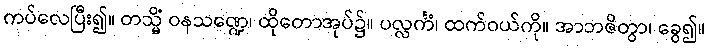
ကပ်လေပြီး၍။ တသ္မိံ ဝနသဏ္ဍေ၊ ထိုတောအုပ်၌။ ပလ္လင်္ကံ၊ ထက်ဝယ်ကို။ အာဘဇိတွာ၊ ခွေ၍။